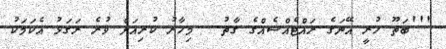
'''ބަތޫ ހުރީ އޭނަގެ ރައްޓެއްސެއްގެ ގާތު... މިހާރު ކުރިއަށް ވުރެ ރަގަޅު އެކަމަކު